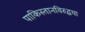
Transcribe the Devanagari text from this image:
पाकिस्तानविरुद्धचा